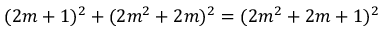
( 2 m + 1 ) ^ { 2 } + ( 2 m ^ { 2 } + 2 m ) ^ { 2 } = ( 2 m ^ { 2 } + 2 m + 1 ) ^ { 2 }